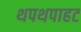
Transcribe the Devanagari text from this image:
थपथपाहट